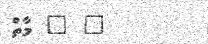
" " މާތް